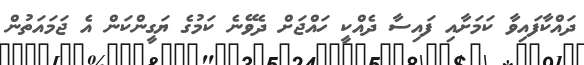
ދައްކާފައިވާ ކަމަށާއި ފައިސާ ދެއްކީ ހައްޖަށް ދެވޭނެ ކަމުގެ ޔަގީންކަން އެ ޖަމައަތުން